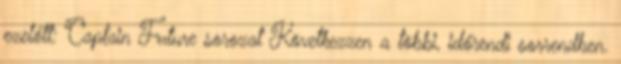
ezelőtt: Captain Future sorozat Következzen a többi, időrendi sorrendben.